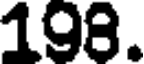
198.